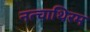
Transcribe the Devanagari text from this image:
नत्चाथिरम